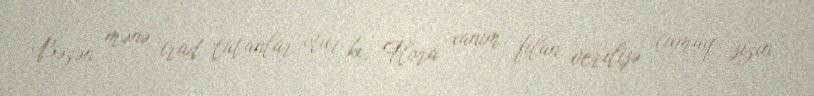
Bəzən mənə irad tutanlar olur ki, Flora xanım, filan verilişə çıxmaq sizin